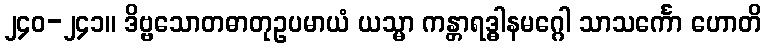
၂၄၀-၂၄၁။ ဒိဗ္ဗသောတဓာတုဥပမာယံ ယသ္မာ ကန္တာရဒ္ဓါနမဂ္ဂေါ သာသင်္ကော ဟောတိ